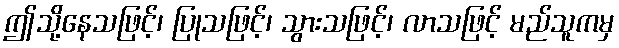
ဤသို့နေသဖြင့်၊ ပြုသဖြင့်၊ သွားသဖြင့်၊ လာသဖြင့် မည်သူကမှ